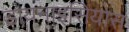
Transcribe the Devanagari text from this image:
डायनाइसियोस